Annual report on the working of the lock hospitals in the Central Provinces
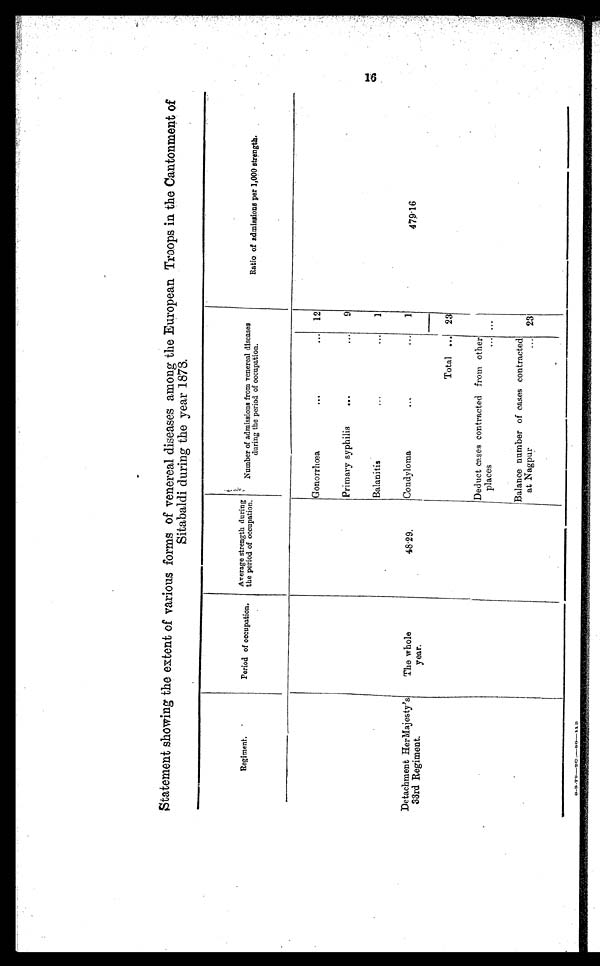
Statement showing the extent of various forms of venereal diseases among the European Troops in the Cantonment of
Sitabaldi during the year 1878.
Regiment.
Period of occupation. Average strength during
the period of occupation.
Number of admissions from venereal diseases
during the period of occupation.
Ratio of admissions per 1,000 strength.
Gonorrhœa
. . .
. . . 12
Primary syphilis
. . .
• • • 9
Balanitis
...
... 1
Detachment HerMajesty's
33rd Regiment.
The whole
year.
48.29.
Condyloma
. . .
. . . 1
479.16
Total ... 23
Deduct cases contracted from other
places
••• . . .
Balance number of cases contracted
at Nagpur
. . . 23
1 6